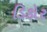
ડિકોર